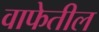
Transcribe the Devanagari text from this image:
वाफेतील